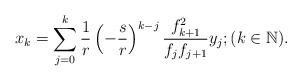
LaTeX: \begin{align*}x_{k}=\sum\limits_{j=0}^{k} \frac{1}{r}\left( -\frac{s}{r}\right)^{k-j} \frac{f_{k+1}^{2}}{f_{j}f_{j+1}}y_{j}; (k \in \mathbb{N}).\end{align*}